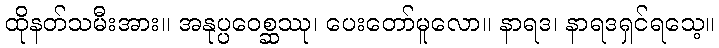
ထိုနတ်သမီးအား။ အနုပ္ပဝေစ္ဆဿု၊ ပေးတော်မူလော။ နာရဒ၊ နာရဒရှင်ရသေ့။